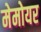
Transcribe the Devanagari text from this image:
मेमोयर